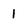
Character: 1